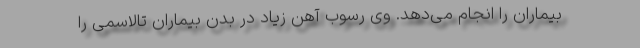
بیماران را انجام می‌دهد. وی رسوب آهن زیاد در بدن بیماران تالاسمی را